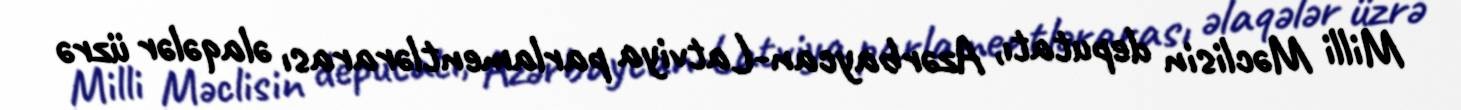
Milli Məclisin deputatı, Azərbaycan-Latviya parlamentlərarası əlaqələr üzrə